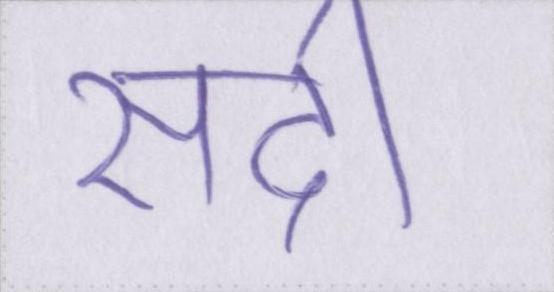
सदी